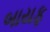
બાયફ